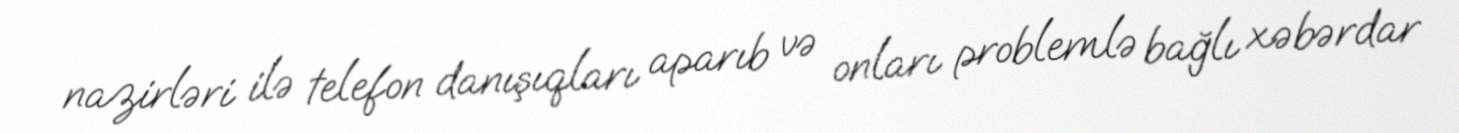
nazirləri ilə telefon danışıqları aparıb və onları problemlə bağlı xəbərdar